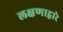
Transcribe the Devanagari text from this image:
लक्षणाद्वारे